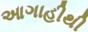
આગાહીથી